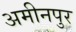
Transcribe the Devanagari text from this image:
अमीनपुर